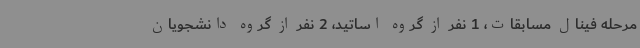
مرحله فینال مسابقات، 1 نفر از گروه اساتید، 2 نفر از گروه دانشجویان